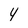
Character: 4